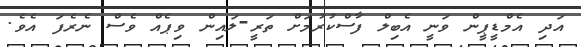
އަދި އެމްޑީޕީން ވަނީ އެބިލް ފާސްކުރުމަށް ތަރީ-ލައިން ވިޕެއް ވެސް ނެރެފަ އެވެ.